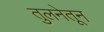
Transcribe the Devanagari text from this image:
तुलनेतून